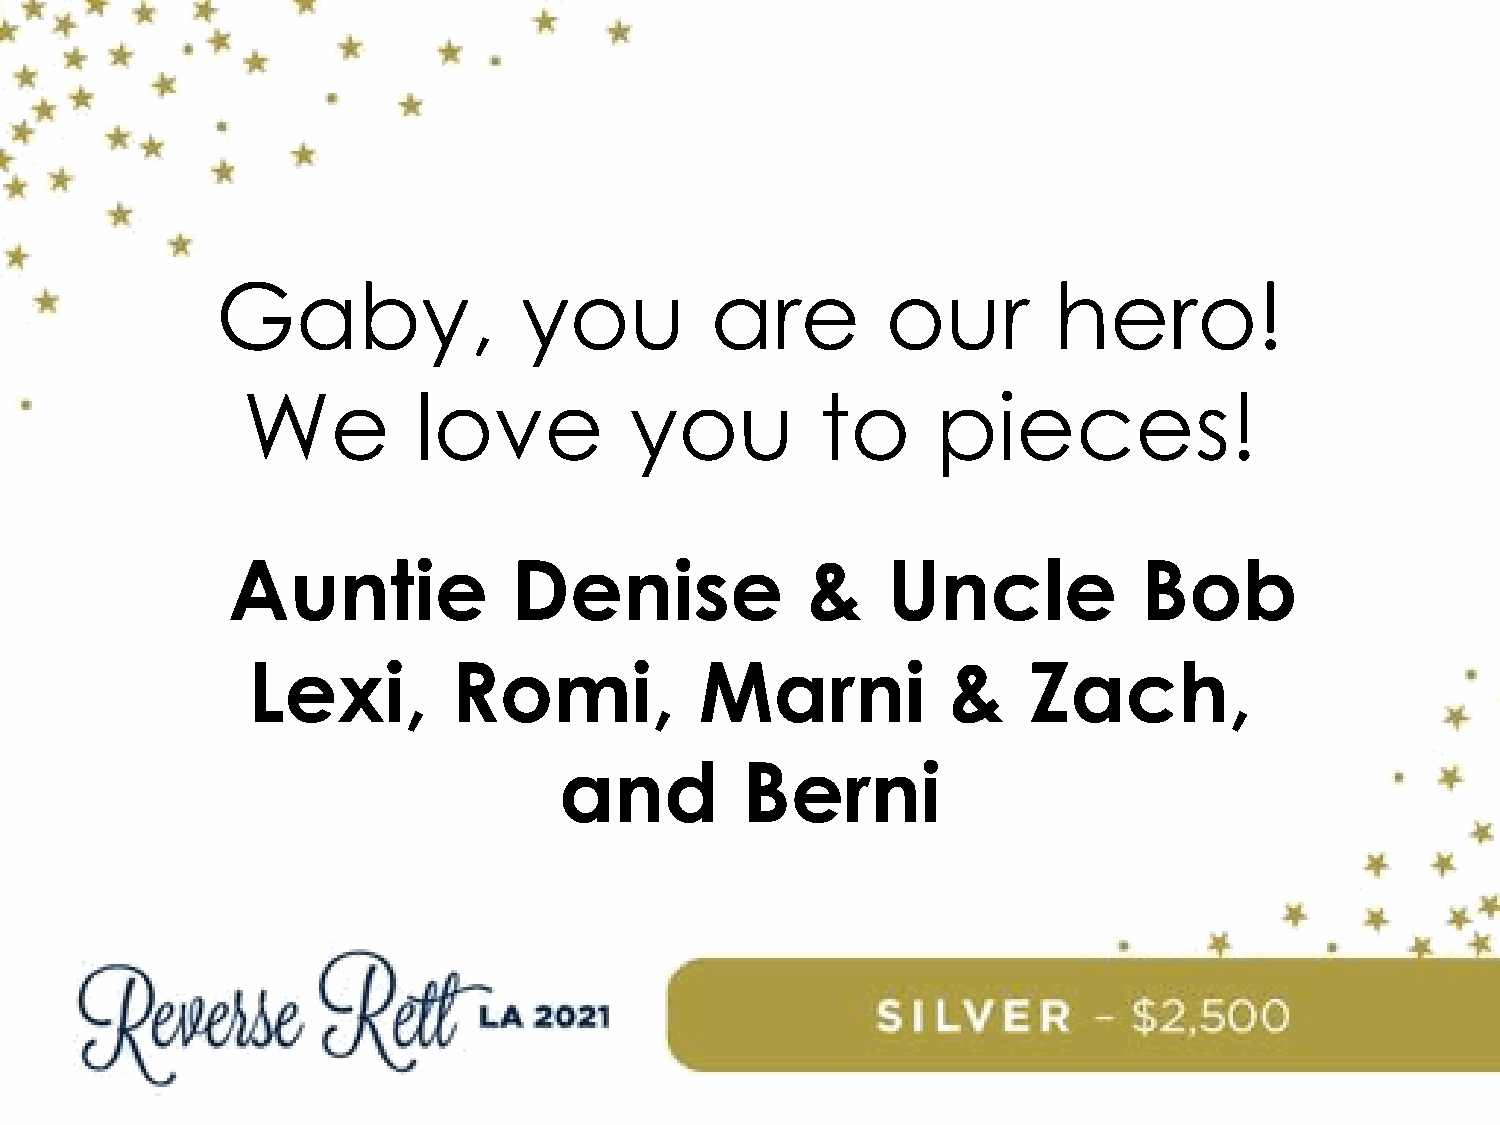
Gaby,               you          are         our        hero!
 We          love          you         to      pieces!
 Auntie             Denise             &     Uncle            Bob
 Lexi,         Romi,           Marni            &    Zach,
 and         Berni